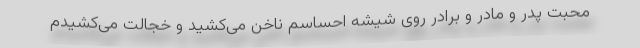
محبت پدر و مادر و برادر روی شیشه احساسم ناخن می‌کشید و خجالت می‌کشیدم